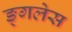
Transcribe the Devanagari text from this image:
ङ्गलेस